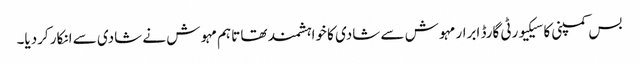
بس کمپنی کا سیکیورٹی گارڈ ابرار مہوش سے شادی کا خواہشمند تھا تاہم مہوش نے شادی سے انکار کردیا۔